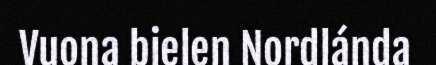
Vuona bielen Nordlánda